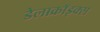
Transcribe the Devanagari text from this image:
डेलाक्रॉइक्स